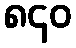
၈၄၀